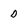
Character: D